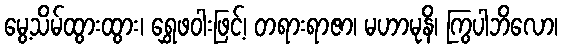
မွေ့သိမ်ထွားထွား၊ ရွှေဖဝါးဖြင့်၊ တရားရာဇာ၊ မဟာမုနိ၊ ကြွပါဘိလော၊